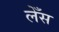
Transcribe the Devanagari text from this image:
लेँस